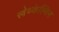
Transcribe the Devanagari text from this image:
स्त्रेथ्केल्विन